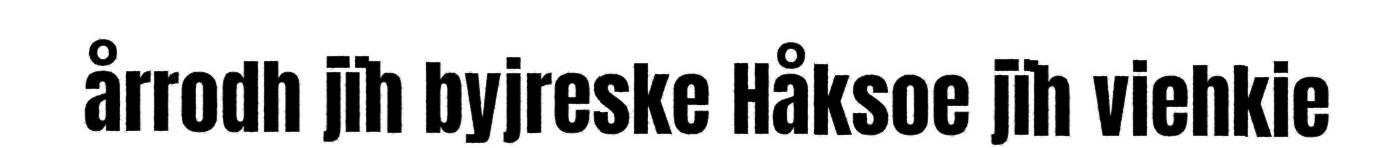
årrodh jïh byjreske Håksoe jïh viehkie